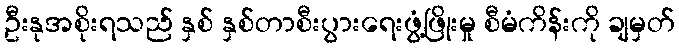
ဦးနုအစိုးရသည် နှစ် နှစ်တာစီးပွားရေးဖွံ့ဖြိုးမှု စီမံကိန်းကို ချမှတ်